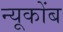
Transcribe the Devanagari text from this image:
न्यूकोंब